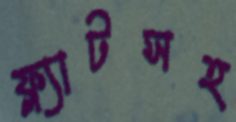
ফ্ল্যাটসহ